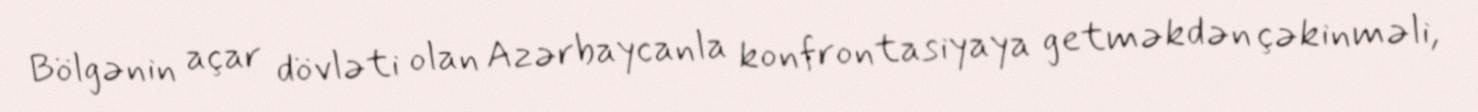
Bölgənin açar dövləti olan Azərbaycanla konfrontasiyaya getməkdən çəkinməli,